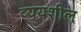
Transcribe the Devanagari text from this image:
व्ययशील